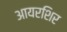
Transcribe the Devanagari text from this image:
आयरशिर